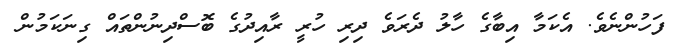
ފަހުންނެވެ. އެކަމާ އިބާގެ ހާލު ދެރަވެ ދިރި ހުރީ ރާއިދުގެ ބޮސްދިނުންތައް ގިނަކަމުން